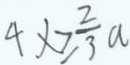
4 x \geq \frac { 2 } { 3 } a